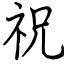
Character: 祝